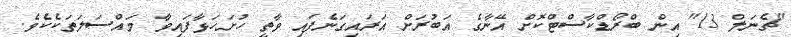
"ޗެނަލް 13" އިން ބްރޯޑްކާސްޓްކޮށް އޭނާގެ އަބުރަށް އަރައިގަނެފައި ވާތީ ހުށަހަޅާފައިވާ މައްސަލަތަކެކެވެ.